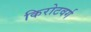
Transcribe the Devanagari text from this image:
किरोटवर्ग